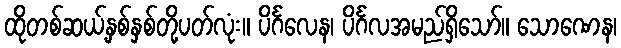
ထိုတစ်ဆယ့်နှစ်နှစ်တို့ပတ်လုံး။ ပိင်္ဂလေန၊ ပိင်္ဂလအမည်ရှိသော်။ သောဏေန၊